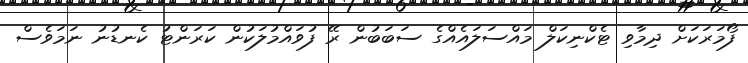
ފޯމަރަކަށް ދިމާވި ޓެކްނިކަލް މައްސަލައެއްގެ ސަބަބުން ރޭ ފުވައްމުލަކުން ކަރަންޓު ކެނޑުނު ނަމަވެސް